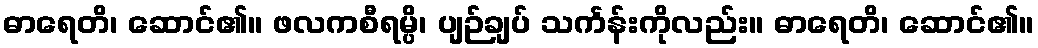
ဓာရေတိ၊ ဆောင်၏။ ဖလကစီရမ္ပိ၊ ပျဉ်ချပ် သင်္ကန်းကိုလည်း။ ဓာရေတိ၊ ဆောင်၏။